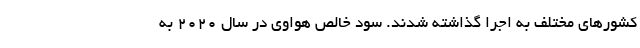
کشور‌های مختلف به اجرا گذاشته شدند. سود خالص هواوی در سال ۲۰۲۰ به